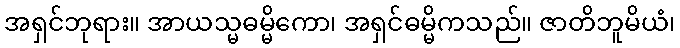
အရှင်ဘုရား။ အာယသ္မဓမ္မိကော၊ အရှင်ဓမ္မိကသည်။ ဇာတိဘူမိယံ၊